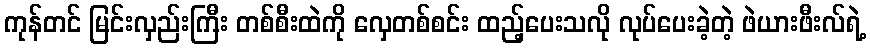
ကုန်တင် မြင်းလှည်းကြီး တစ်စီးထဲကို လှေတစ်စင်း ထည့်ပေးသလို လုပ်ပေးခဲ့တဲ့ ဖဲယားဖီးလ်ရဲ့